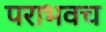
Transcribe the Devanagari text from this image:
पराभवच